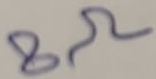
Text: 8Ω